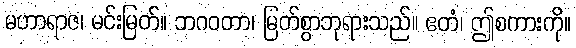
မဟာရာဇ၊ မင်းမြတ်။ ဘဂဝတာ၊ မြတ်စွာဘုရားသည်။ ဧတံ၊ ဤစကားကို။